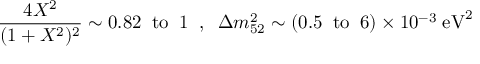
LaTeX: \frac { 4 X ^ { 2 } } { ( 1 + X ^ { 2 } ) ^ { 2 } } \sim 0 . 8 2 \; \; \mathrm { t o } \; \; 1 \; \; , \; \; \Delta m _ { 5 2 } ^ { 2 } \sim ( 0 . 5 \; \; \mathrm { t o } \; \; 6 ) \times 1 0 ^ { - 3 } \; \mathrm { e V } ^ { 2 }